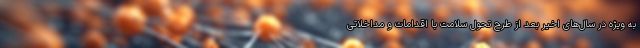
به ویژه در سال‌های اخیر بعد از طرح تحول سلامت با اقدامات و مداخلاتی